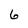
Character: 6